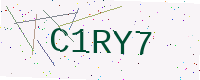
Text: C1RY7